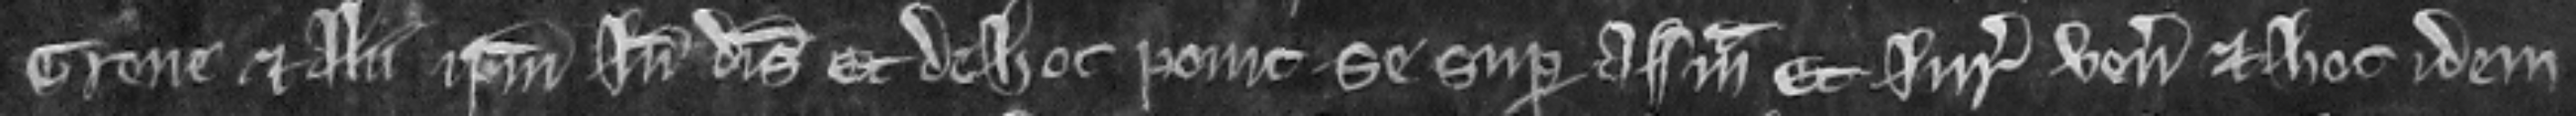
Grene et alii ipsum inde disseisiverunt. Et de hoc ponit se super assisam. Et juratores veniunt et hoc idem